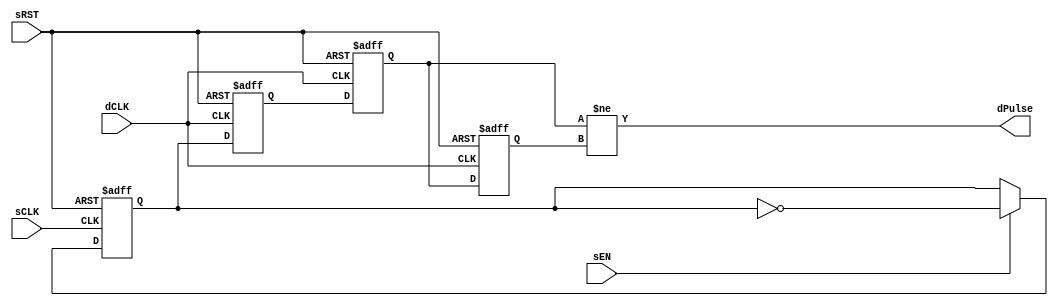

// Copyright (c) 2000-2012 Bluespec, Inc.

// Permission is hereby granted, free of charge, to any person obtaining a copy
// of this software and associated documentation files (the "Software"), to deal
// in the Software without restriction, including without limitation the rights
// to use, copy, modify, merge, publish, distribute, sublicense, and/or sell
// copies of the Software, and to permit persons to whom the Software is
// furnished to do so, subject to the following conditions:

// The above copyright notice and this permission notice shall be included in
// all copies or substantial portions of the Software.

// THE SOFTWARE IS PROVIDED "AS IS", WITHOUT WARRANTY OF ANY KIND, EXPRESS OR
// IMPLIED, INCLUDING BUT NOT LIMITED TO THE WARRANTIES OF MERCHANTABILITY,
// FITNESS FOR A PARTICULAR PURPOSE AND NONINFRINGEMENT. IN NO EVENT SHALL THE
// AUTHORS OR COPYRIGHT HOLDERS BE LIABLE FOR ANY CLAIM, DAMAGES OR OTHER
// LIABILITY, WHETHER IN AN ACTION OF CONTRACT, TORT OR OTHERWISE, ARISING FROM,
// OUT OF OR IN CONNECTION WITH THE SOFTWARE OR THE USE OR OTHER DEALINGS IN
// THE SOFTWARE.
//
// $Revision: 29441 $
// $Date: 2012-08-27 21:58:03 +0000 (Mon, 27 Aug 2012) $

`ifdef BSV_ASSIGNMENT_DELAY
`else
  `define BSV_ASSIGNMENT_DELAY
`endif

`ifdef BSV_POSITIVE_RESET
  `define BSV_RESET_VALUE 1'b1
  `define BSV_RESET_EDGE posedge
`else
  `define BSV_RESET_VALUE 1'b0
  `define BSV_RESET_EDGE negedge
`endif


// A pulse based clock domain synchronization scheme.
// When a sEN is asserted, a pulse is eventually sent to dPulse in the
// destination clock domain.
// Close and Multiple asserts of sEN may not be seen at the destination side.
// Reset signal is not needed since it a pulse-based, rather than
// level-based protocol
// Delay is 2 dCLK cycle.
// dPulse is not registered.
module SyncPulse(
                  sCLK,
                  sRST,
                  dCLK,
                  sEN,
                  dPulse
                  );

   // source clock ports
   input     sCLK ;
   input     sRST ;
   input     sEN ;

   // destination clock ports
   input     dCLK ;
   output    dPulse ;

   // Flops to hold data
   reg       sSyncReg;
   reg       dSyncReg1, dSyncReg2;
   reg       dSyncPulse;

   assign    dPulse = dSyncReg2 != dSyncPulse ;

   always @(posedge sCLK or `BSV_RESET_EDGE sRST)
     begin
        if (sRST == `BSV_RESET_VALUE)
          sSyncReg <= `BSV_ASSIGNMENT_DELAY 1'b0 ;
        else
          begin
             if ( sEN )
               begin
                  sSyncReg <= `BSV_ASSIGNMENT_DELAY ! sSyncReg ;
               end
          end // else: !if(sRST == `BSV_RESET_VALUE)
     end // always @ (posedge sCLK or `BSV_RESET_EDGE sRST)


   always @(posedge dCLK or `BSV_RESET_EDGE sRST )
      begin
         if (sRST == `BSV_RESET_VALUE)
            begin
               dSyncReg1 <= `BSV_ASSIGNMENT_DELAY 1'b0 ;
               dSyncReg2 <= `BSV_ASSIGNMENT_DELAY 1'b0 ;
               dSyncPulse <= `BSV_ASSIGNMENT_DELAY 1'b0 ;
            end // if (sRST == `BSV_RESET_VALUE)
         else
           begin
              dSyncReg1 <= `BSV_ASSIGNMENT_DELAY sSyncReg ;// domain crossing
              dSyncReg2 <= `BSV_ASSIGNMENT_DELAY dSyncReg1 ;
              dSyncPulse <= `BSV_ASSIGNMENT_DELAY dSyncReg2 ;
           end // else: !if(sRST == `BSV_RESET_VALUE)
      end // always @ (posedge dCLK or `BSV_RESET_EDGE sRST )

`ifdef BSV_NO_INITIAL_BLOCKS
`else // not BSV_NO_INITIAL_BLOCKS
   // synopsys translate_off
   initial
      begin
         sSyncReg   = 1'b0 ;
         dSyncReg1  = 1'b0 ;
         dSyncReg2  = 1'b0 ;
         dSyncPulse = 1'b0 ;
      end // initial begin
   // synopsys translate_on
`endif // BSV_NO_INITIAL_BLOCKS

endmodule // PulseSync